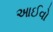
આઈવો